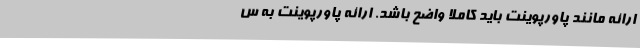
ارائه مانند پاورپوینت باید کاملاً واضح باشد. ارائه پاورپوینت به س